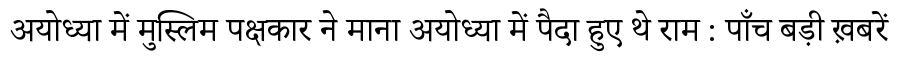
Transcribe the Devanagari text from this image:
अयोध्या में मुस्लिम पक्षकार ने माना अयोध्या में पैदा हुए थे राम : पाँच बड़ी ख़बरें